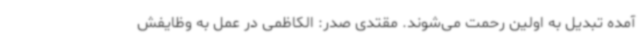
آمده تبدیل به اولین رحمت می‌شوند. مقتدی صدر: الکاظمی در عمل به وظایفش